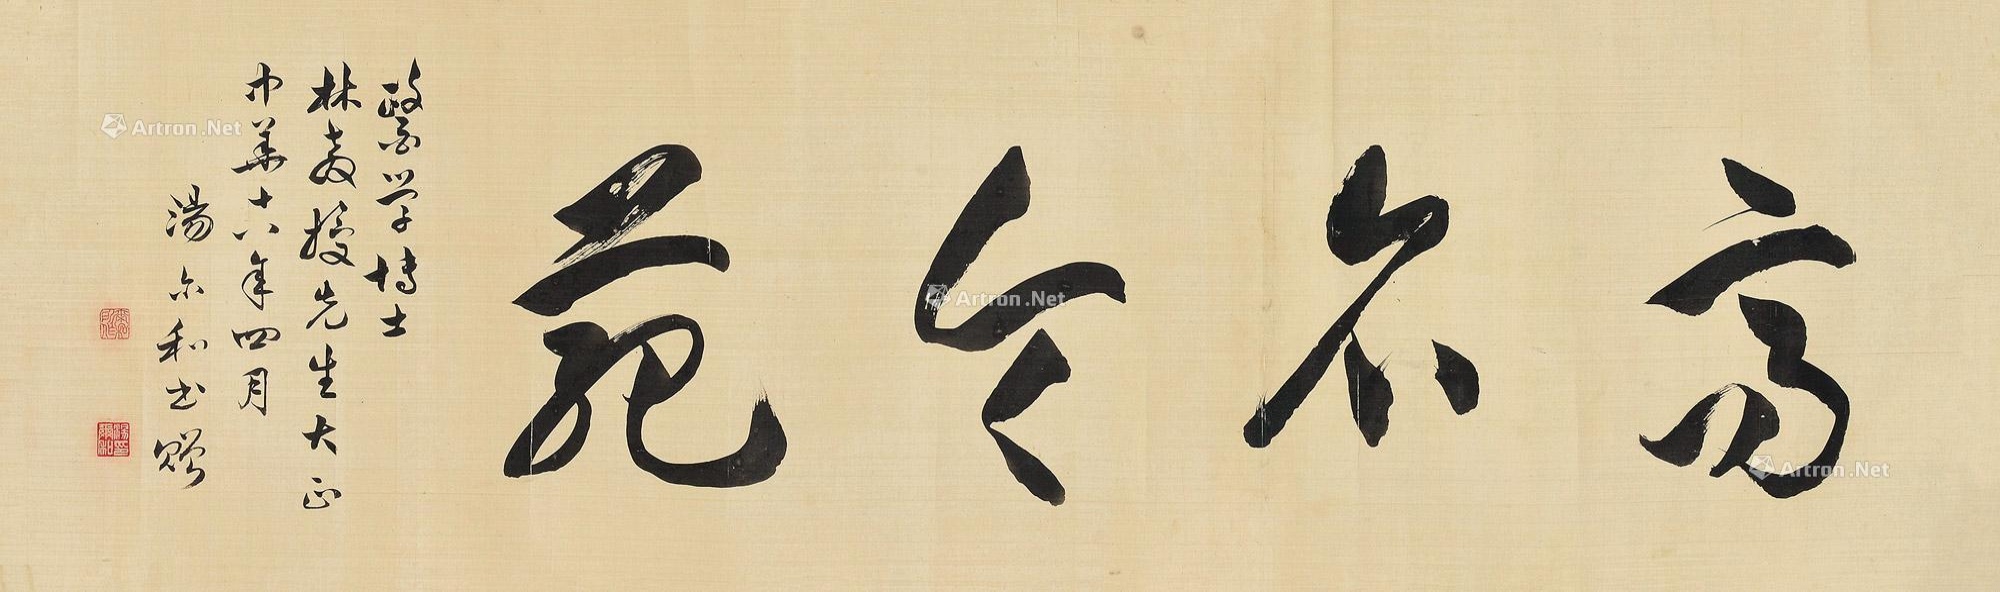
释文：高名令苑。医学博士林教授先生大正，中华十六年四月，汤尔和书赠。